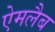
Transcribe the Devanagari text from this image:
ऐमलैब